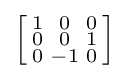
\left[{\begin{smallmatrix}1&0&0\\0&0&1\\0&-1&0\\\end{smallmatrix}}\right]